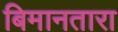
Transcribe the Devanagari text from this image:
बिमानतारा